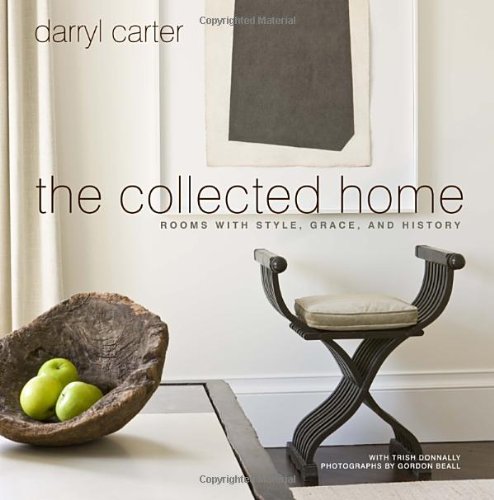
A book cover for The Collected Home: Rooms with Style, Grace, and History; Darryl Carter; Crafts, Hobbies & Home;